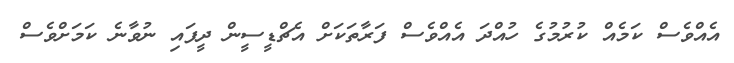
އެއްވެސް ކަމެއް ކުރުމުގެ ހުއްދަ އެއްވެސް ފަރާތަކަށް އެޗްޑީސީން ދީފައި ނުވާނެ ކަމަށްވެސް